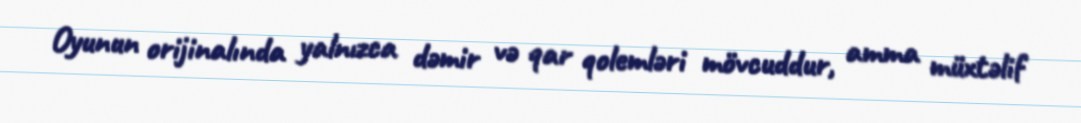
Oyunun orijinalında yalnızca dəmir və qar qolemləri mövcuddur, amma müxtəlif